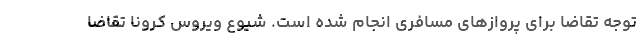
توجه تقاضا برای پروازهای مسافری انجام شده است. شیوع ویروس کرونا تقاضا